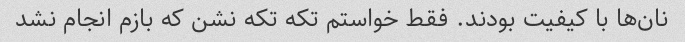
نان‌ها با کیفیت بودند. فقط خواستم تکه تکه نشن که بازم انجام نشد